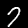
Label: 7